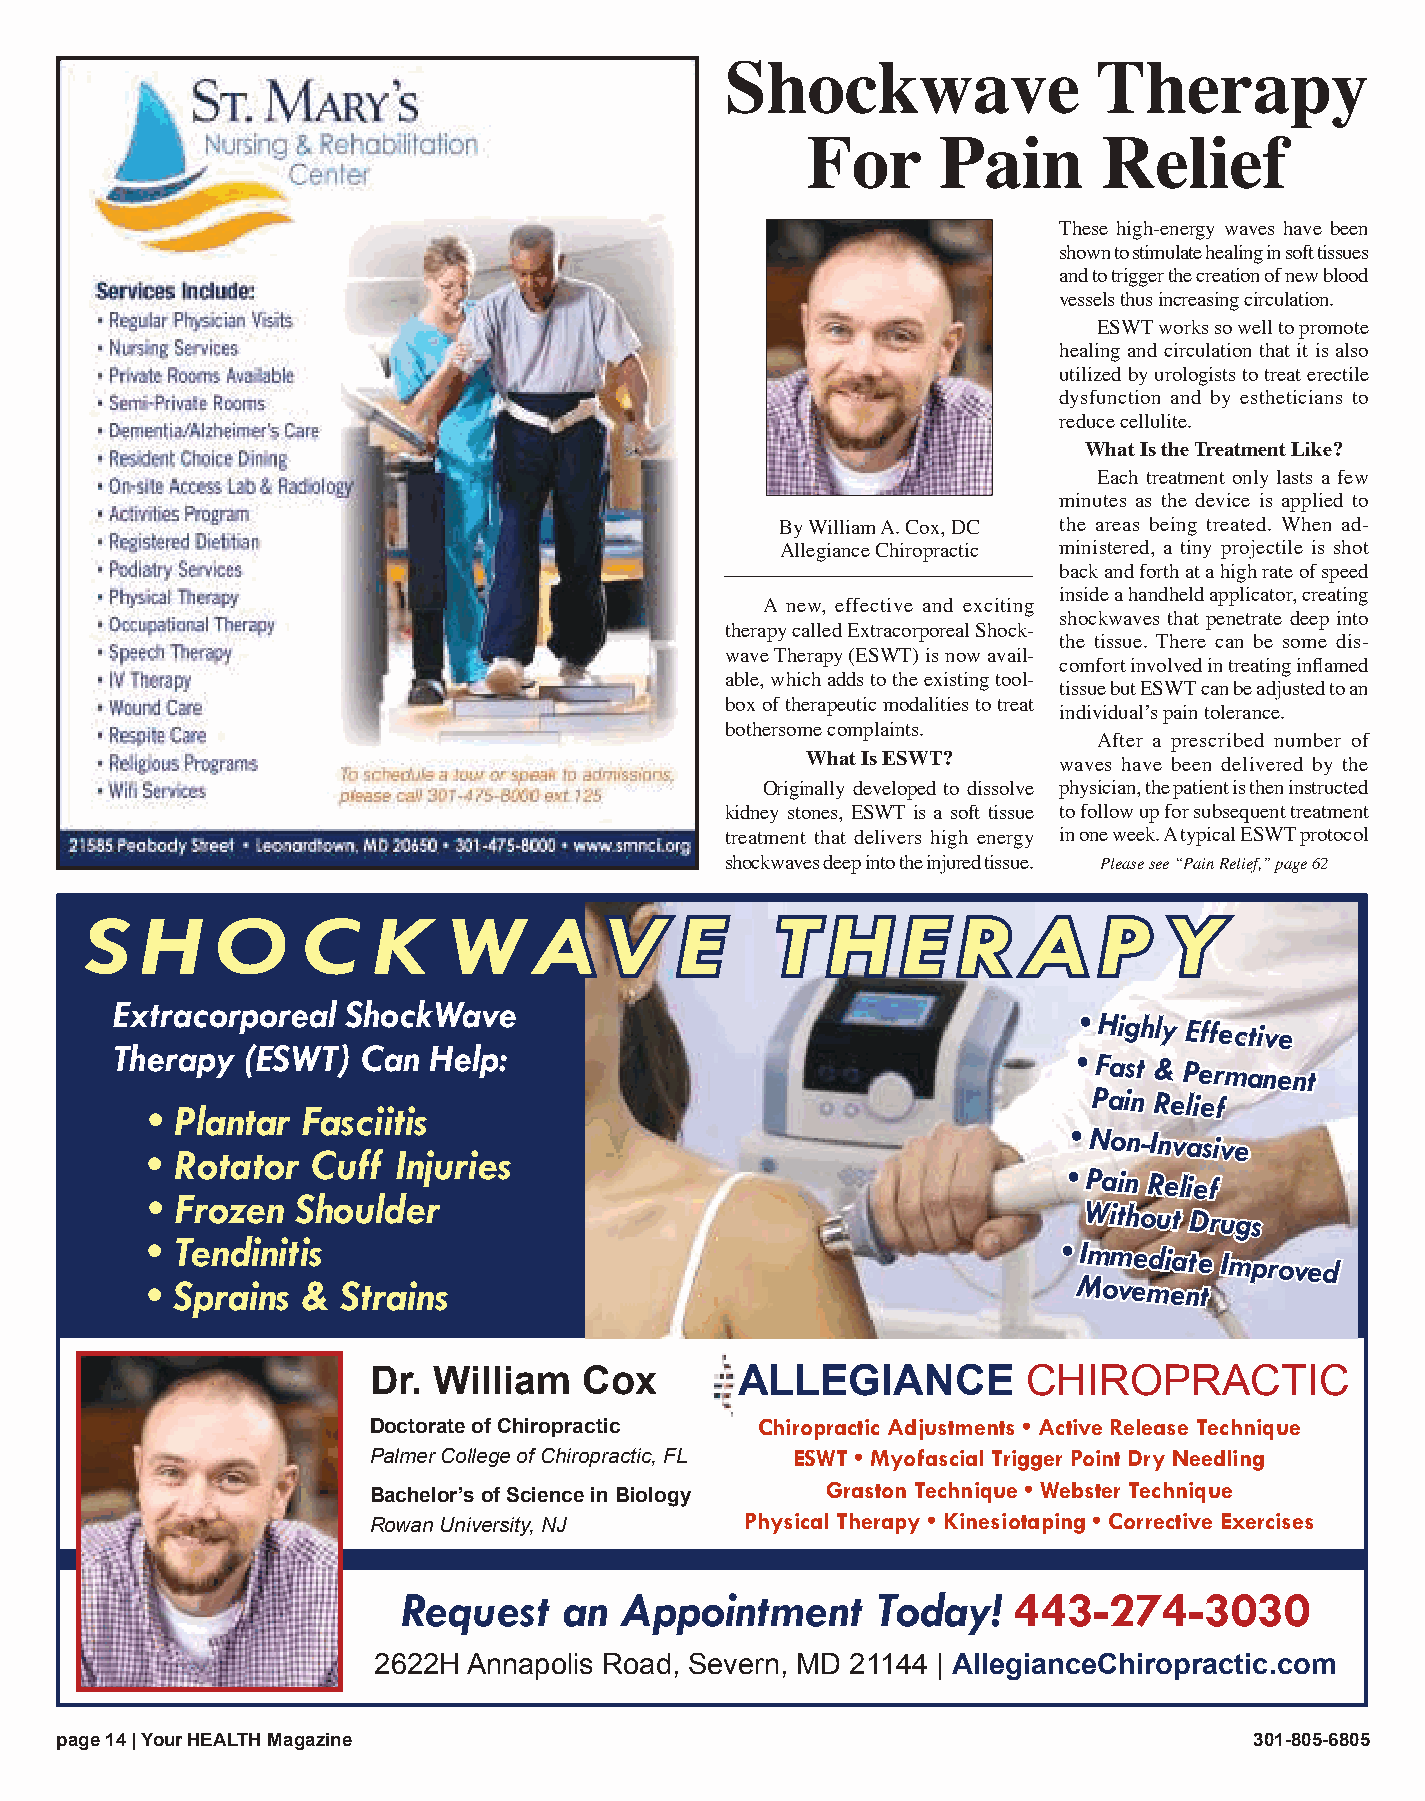
Shockwave                Therapy
 For      Pain       Relief
 These high-energy waves have been
 shown to stimulate healing in soft tissues
 and to trigger the creation of new blood
 vessels thus increasing circulation.
 ESWT works so well to promote
 healing and circulation that it is also
 utilized by urologists to treat erectile
 dysfunction and by estheticians to
 reduce cellulite.
 What Is the Treatment Like?
 Each treatment only lasts a few
 minutes as the device is applied to
 By William A. Cox, DC the areas being treated. When ad-
 Allegiance Chiropractic ministered, a tiny projectile is shot
 back and forth at a high rate of speed
 inside a handheld applicator, creating
 A new, effective and exciting
 shockwaves that penetrate deep into
 therapy called Extracorporeal Shock-
 the tissue. There can be some dis-
 wave Therapy (ESWT) is now avail-
 comfort involved in treating inflamed
 able, which adds to the existing tool-
 tissue but ESWT can be adjusted to an
 box of therapeutic modalities to treat
 individual’s pain tolerance.
 bothersome complaints.
 After a prescribed number of
 What Is ESWT?    waves have been delivered by the
 Originally developed to dissolve physician, the patient is then instructed
 kidney stones, ESWT is a soft tissue to follow up for subsequent treatment
 treatment that delivers high energy in one week. A typical ESWT protocol
 shockwaves deep into the injured tissue. Please see “Pain Relief,” page 62
 S  H    O     C    K   WAV             E     T   H    E  R    A    P   Y
 Extracorporeal  ShockWave
 • Highly
 Effective
 Therapy  (ESWT)  Can Help:
 • Fast & Permanent
 Pain Relief
 • Plantar Fasciitis
 • Non-Invasive
 • Rotator  Cuff Injuries
 • Pain Relief
 • Frozen  Shoulder
 Without
 Drugs
 • Tendinitis                                                • Immediate
 Improved
 • Sprains &  Strains                                         Movement
 Dr.  William   Cox       ALLEGIANCE         CHIROPRACTIC
 Doctorate of Chiropractic Chiropractic Adjustments • Active Release Technique
 Palmer College of Chiropractic, FL ESWT • Myofascial Trigger Point Dry Needling
 Graston Technique • Webster Technique
 Bachelor’s of Science in Biology
 Rowan University, NJ     Physical Therapy • Kinesiotaping • Corrective Exercises
 Request   an  Appointment      Today!   443-274-3030
 2622H Annapolis Road, Severn, MD 21144 | AllegianceChiropractic.com
 ppaaggee 1144 || YYoouurr HHEEAALLTTHH MMaaggaazziinnee                        330011--880055--66880055